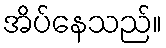
အိပ်နေသည်။